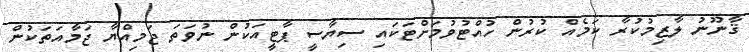
ޤާނޫނު ލާޒިމުކުރާ ކަމެއް ކުރުން ހުއްޓުވުމަށްޓަކައި ސިޔާސީ ޕާޓީއަކުން ނުވަތަ ޖަމިއްޔާ ޖަމާއަތަކުން